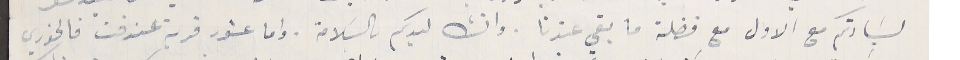
لسَيادتكم مع الاول مع فضلة ما بقي عندنا. وانشالله ليدكم ىالسلامة. واما عشور قرية عندقت فالخوري